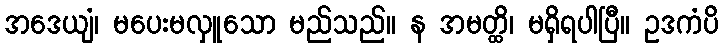
အဒေယျံ၊ မပေးမလှူသော မည်သည်။ န အမတ္ထိ၊ မရှိရပါပြီ။ ဥဒကံပိ